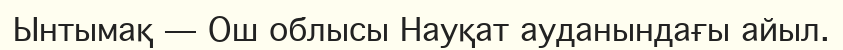
Ынтымақ — Ош облысы Науқат ауданындағы айыл.